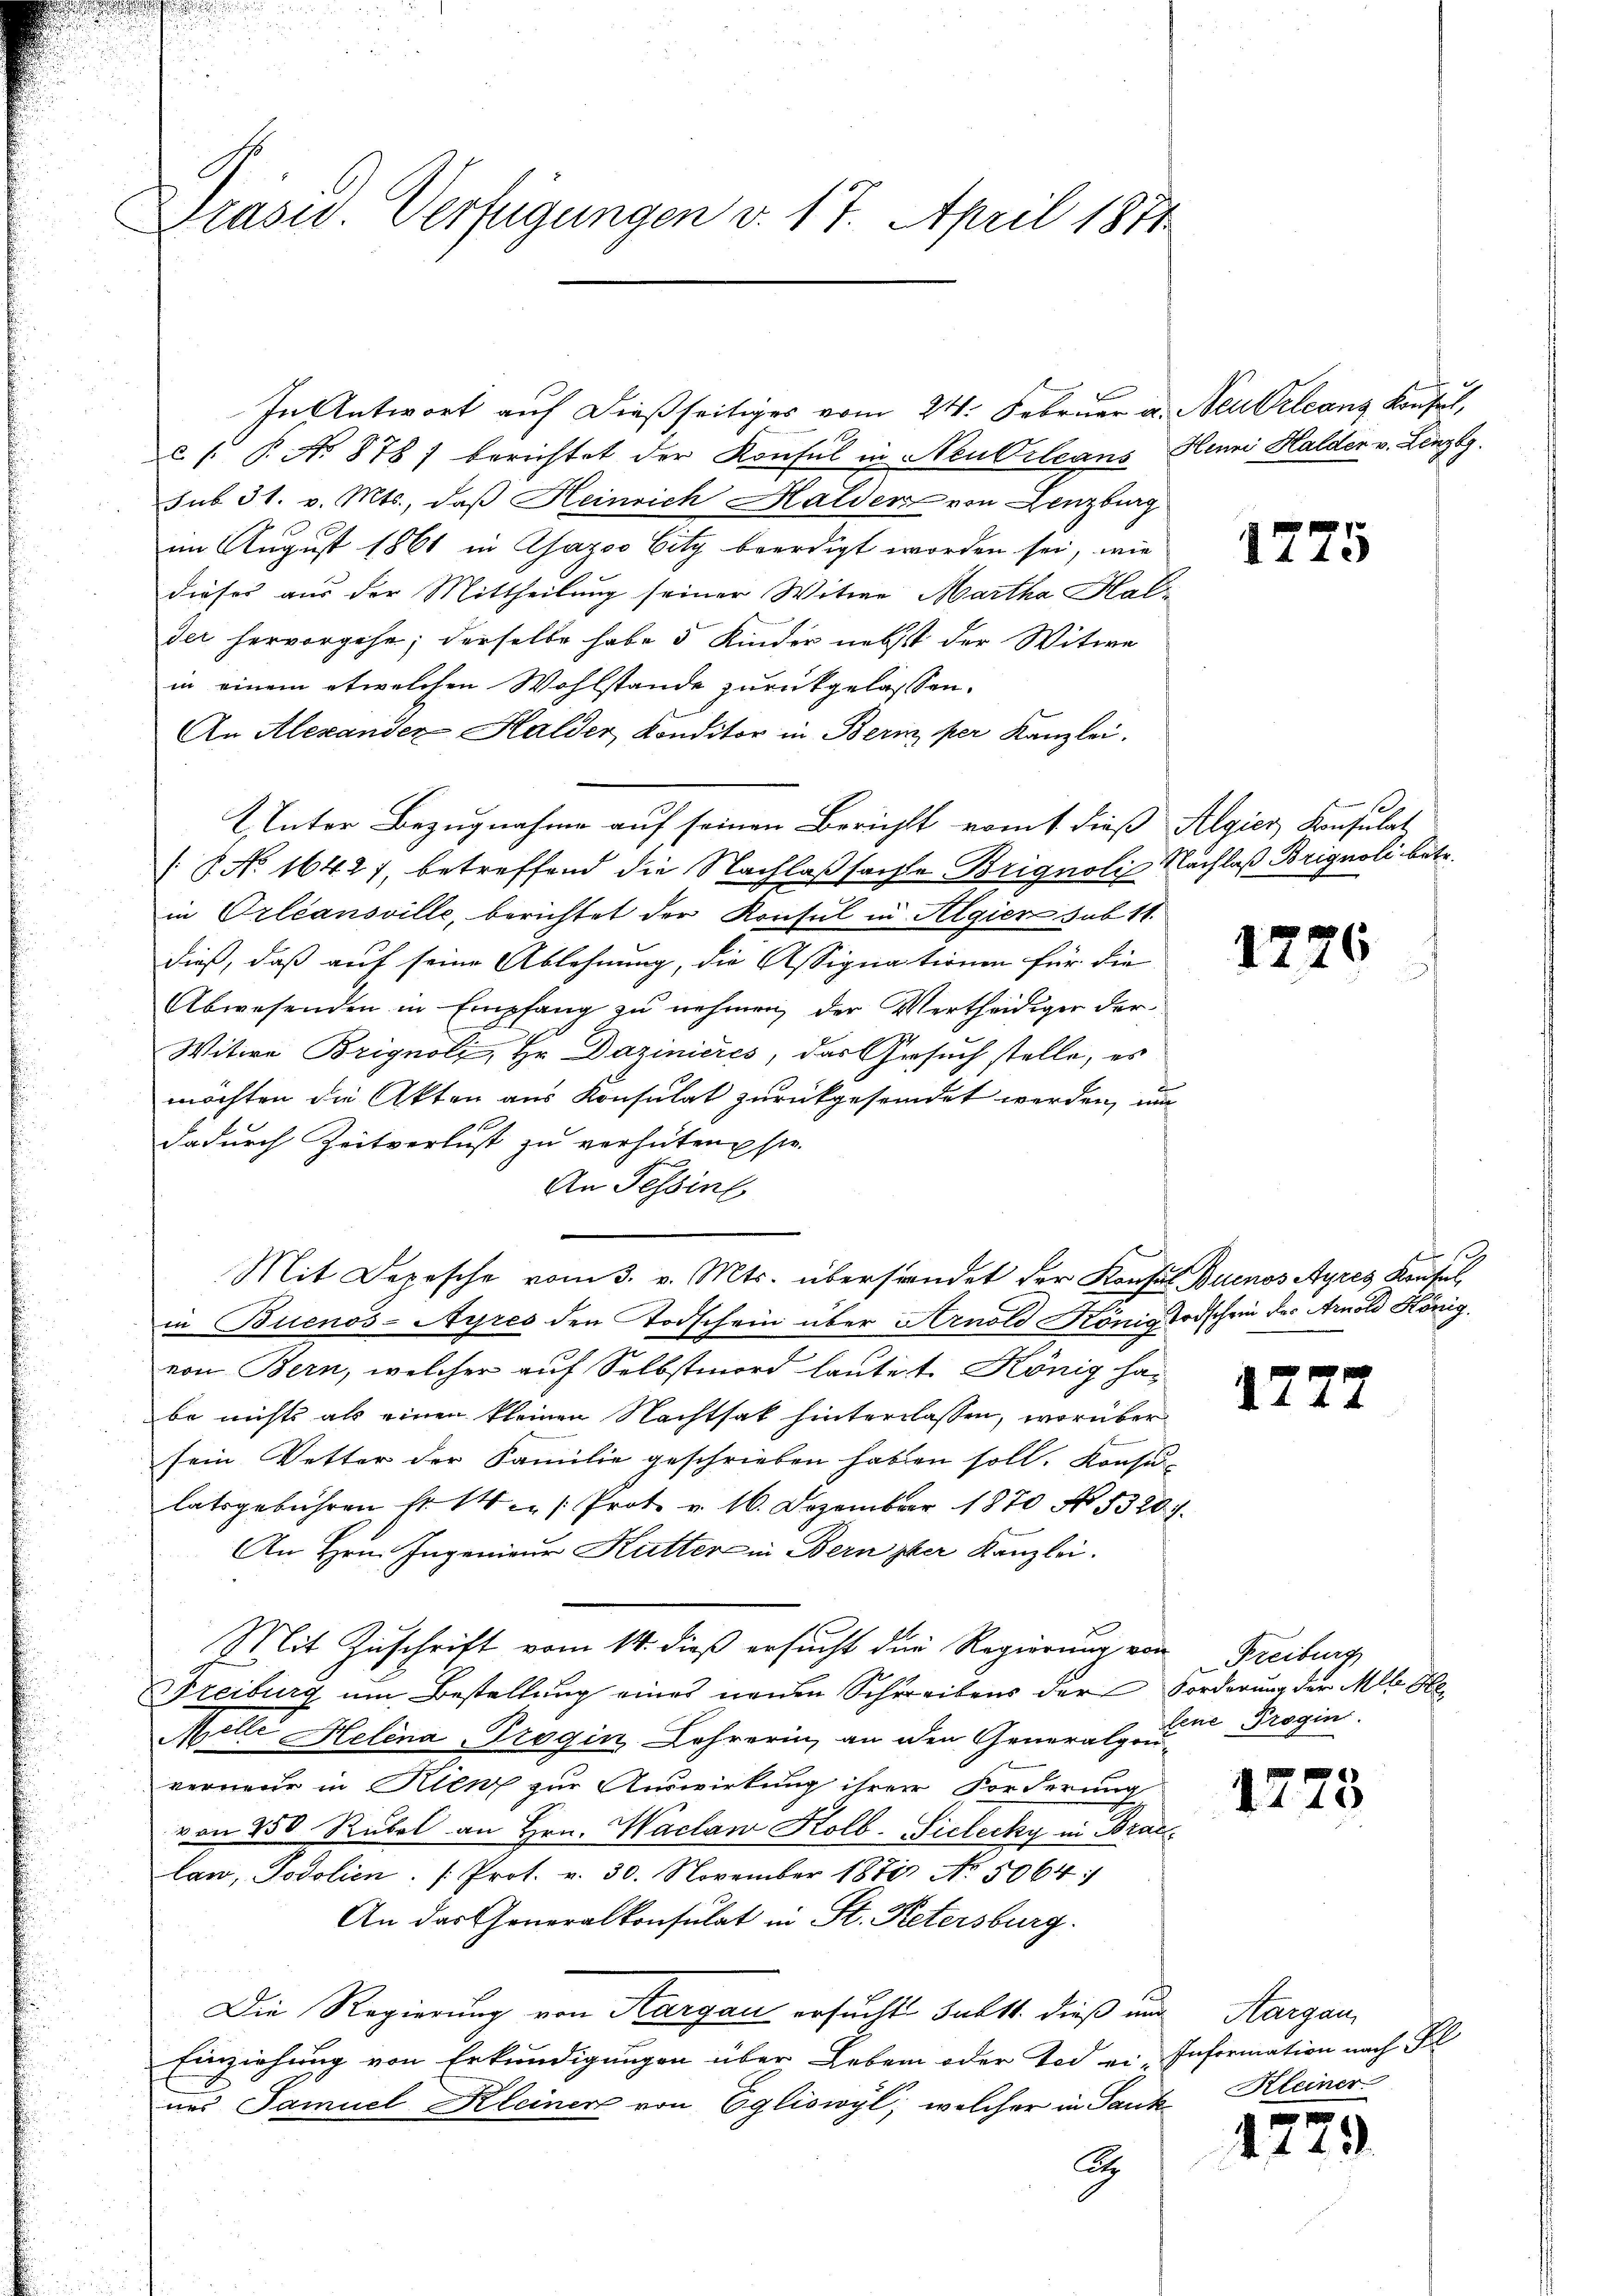
Präsid. Verfügungen v. 17. April 1871

In Antwort auf dießseitiges vom 24. Februar a. Neubrleans Konsul,
u. s. B. No 878) berichtet der Konsul in Neubileans Henni Halder v. Lenzbg.
sub 31. v. Mts., daß Heinrich Halden von Lenzburg
im August 1861 in Chazco Eity beerdigt worden sei, wie
dieses aus der Mittheilung seiner Witwe Martha Halder hervorgehe; derselbe habe 5 Kinder nebst der Witwe
in einem etwelchen Wohlstande zurückgelassen.
An Alexander Halder Konditor in Bern per Kanzlei.
Unter Bezugnahme auf seinen Berichts vomt dieß Algier Konsulat
 No 1642), betreffend die Nachlaßsachte Brignoli Nachlaß Brignoli betr.
in Orleansville, berichtet der Konsul in Algier sub 11
dieß, daß auf seine Ablehnung, die Assignationen für die
Abwesenden in Empfang zu nehmen, der Vertheidiger der
Witwe Brignoli, Hr. Dazinieres, das Gesuch stelle, es
möchten die Akten aus Konsulat zurückgesendet werden, um
dadurch Zeitverlust zu verhüten sie
An Tessine
in Buenos-Ayres den Todschein über Arnold König Todschein des Arnold Königvon Bern, welcher auf Selbstmord lautet. König ha-
be nichts als einen kleinen Nachtsak hinterlassen, worüber
sein Vetter der Familie geschrieben haben soll. Konsu-
latsgebühren fr. 14. /: Prote v. 16. Dezember 1870 No 1320.
An Hrn. Ingenieur Kutter in Bern zuer Kanzlei.
Mit Zuschrift vom 14. dieß ersucht die Regierung von Freiburg
Freiburg um Bestellung eines neuen Schreibens der Forderung der Mlle He
F
Melle Helena Trogin Lehrerin, an den Generalgouverneur in Kienz zur Auswirkung ihrer Forderung
von 250 Rubel an Hrn. Waclaw Kolb. Sielecky in Brac
law, Podolien (Prot. v. 30. November 1871 No 5064:
An das Generalkonsulat in St. Petersburg.
Die Regierung von Aargau ersucht Sult dieß um
Einziehung von Erkundigungen über Leben oder Tod ei Information nach Pl
nes Samuel Kleiner von Egliswyl, welcher in Sank
A

Mit Depesche vom 3. v. Mts. übersendet der Konsul Buenos Ayres Krusel

1.

1775

1726

12

lene Progin.

1775

Aargau,
Kleiner

4. 143.